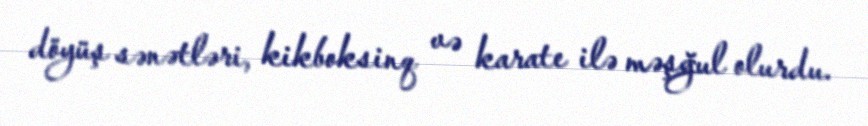
döyüş sənətləri, kikboksinq və karate ilə məşğul olurdu.